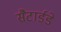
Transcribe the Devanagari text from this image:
सैटार्डडे